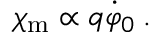
\chi _ { \mathrm { m } } \propto q \dot { \varphi } _ { 0 } \: .